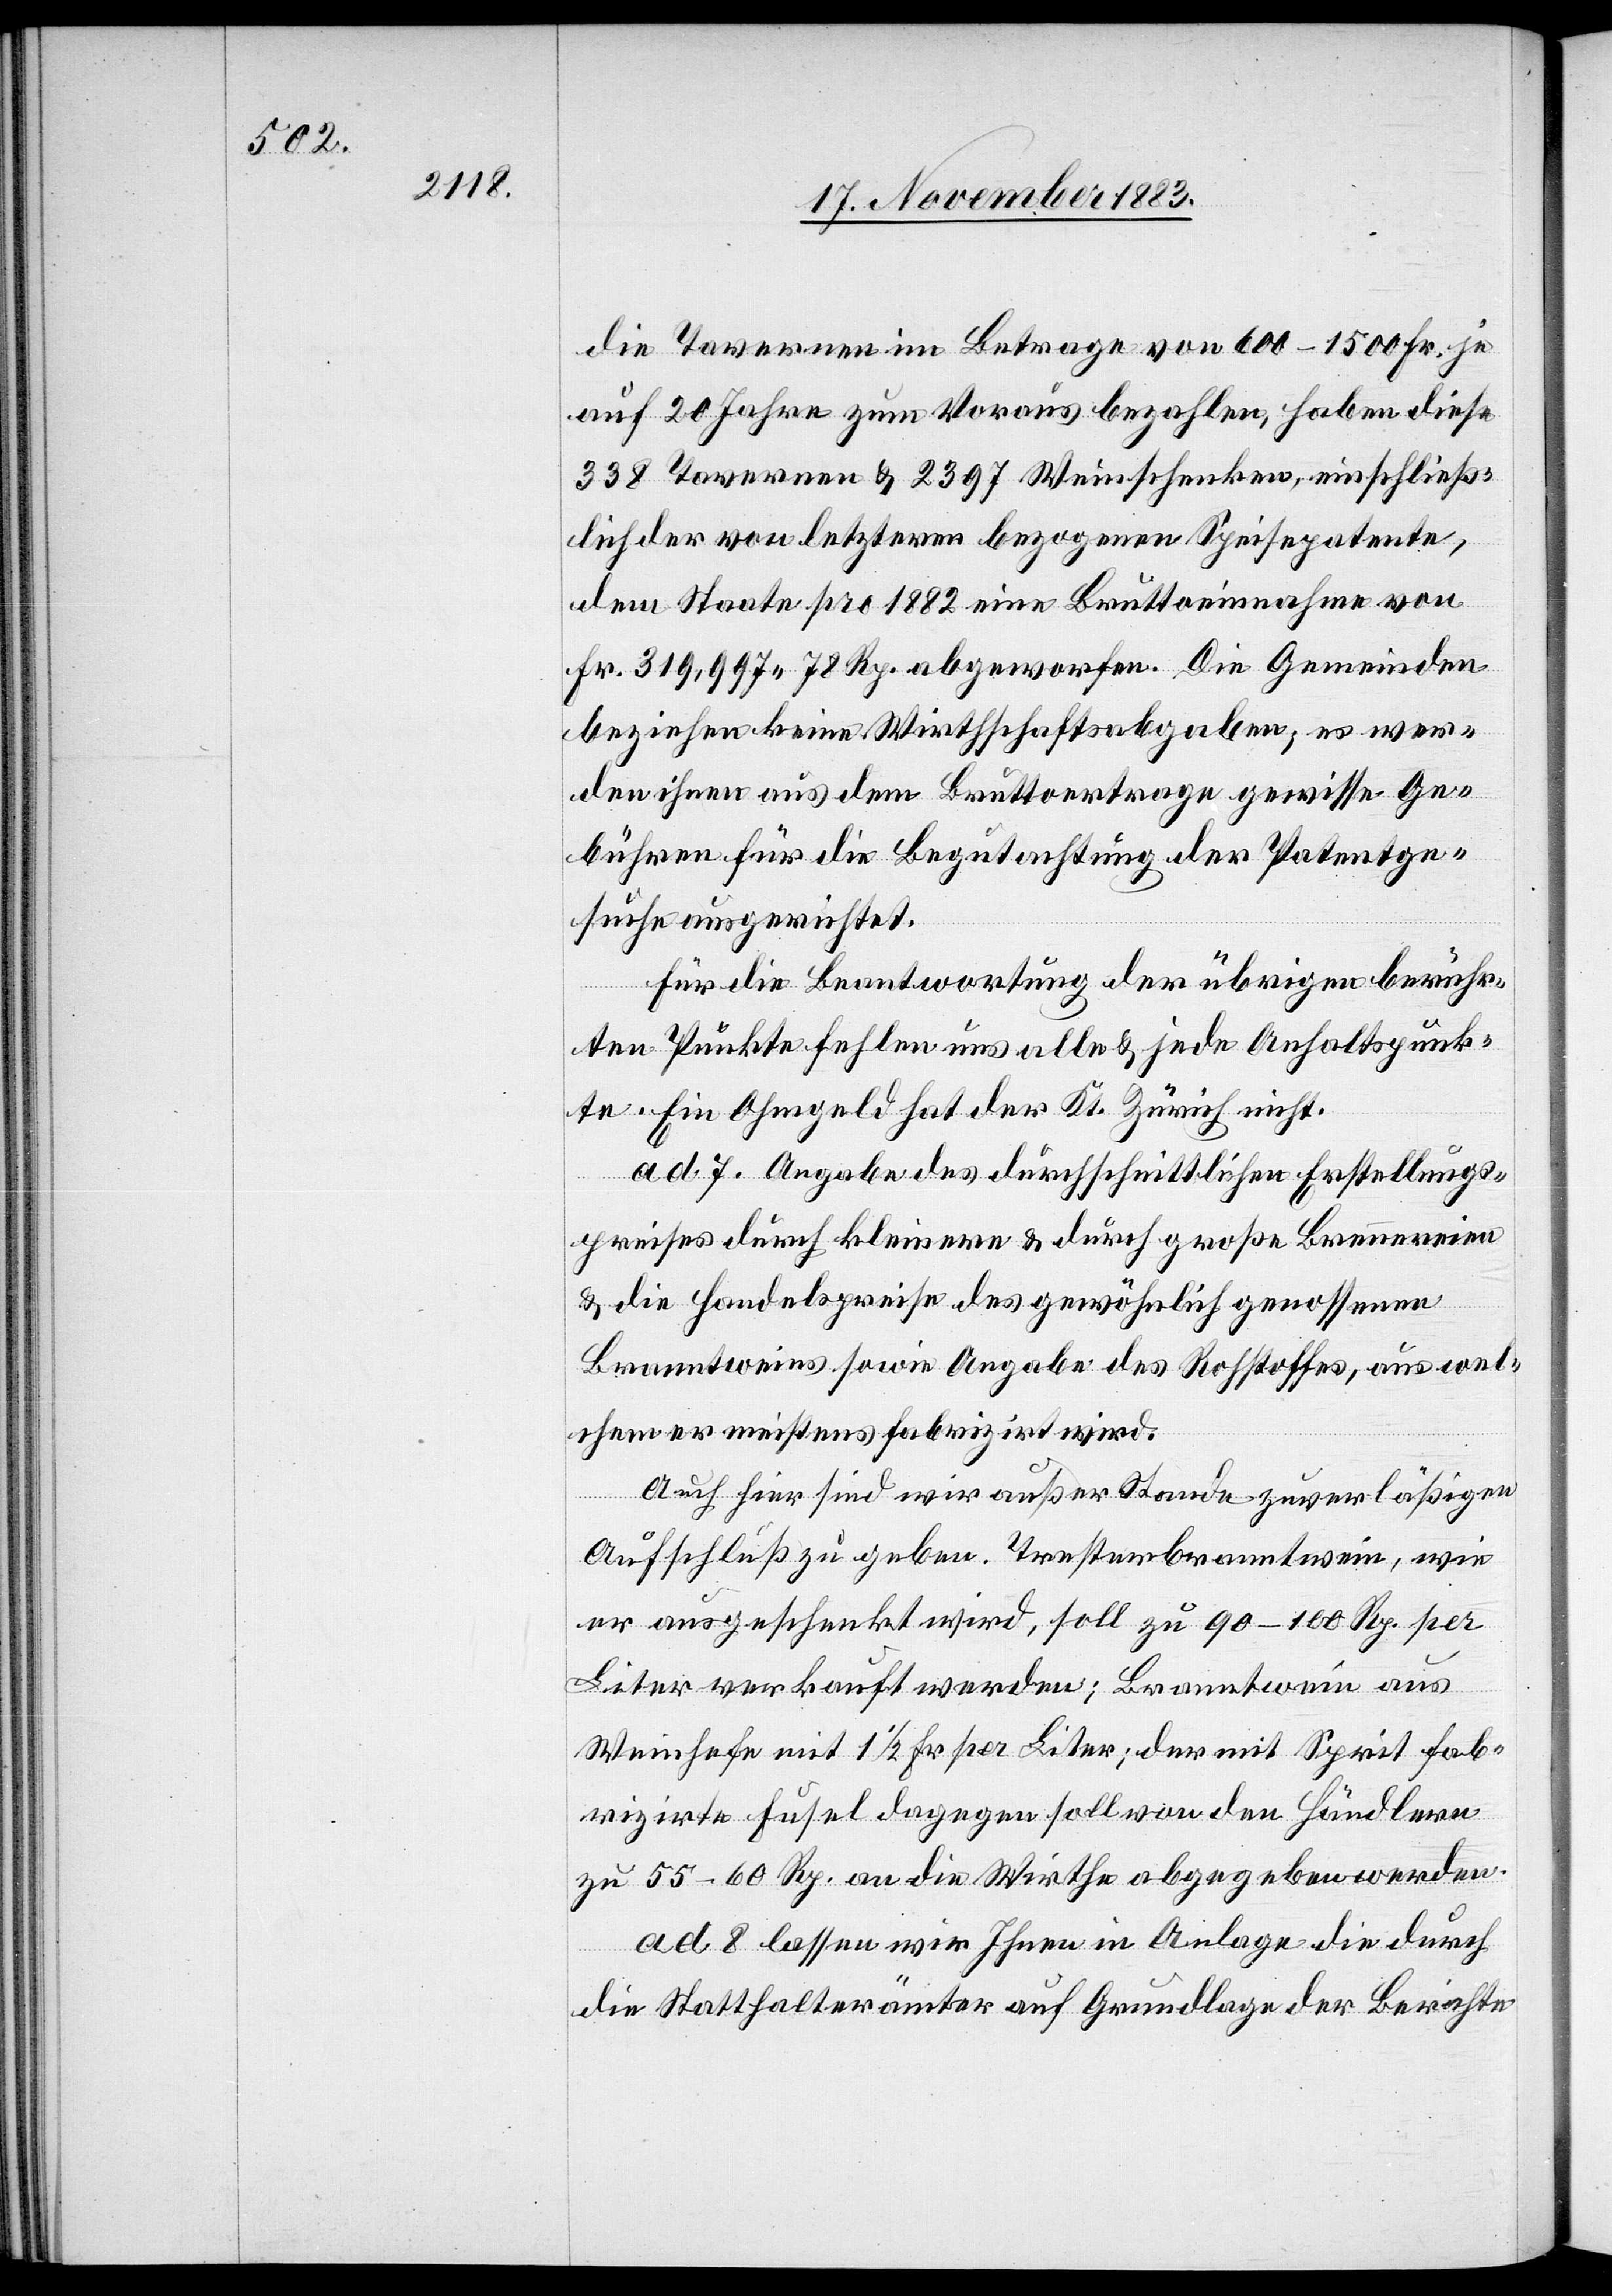
die Tavernen im Betrage von 600–1500 Fr. je
auf 20 Jahre zum Voraus bezahlen, haben diese
338 Tavernen & 2397 Weinschenken, einschließ¬
lich der von letztern bezogenen Speisepatente,
dem Staate pro 1882 eine Bruttoeinnahme von
Fr. 319 97 78 Rp. abgeworfen. Die Gemeinden
beziehen keine Wirthschaftsabgaben; es wer¬
den ihnen aus dem Bruttoertrage gewisse Ge¬
bühren für die Begutachtung der Patentge¬
suche ausgerichtet.
Für die Beantwortung der übrigen berühr¬
ten Punkte halten uns alle & jede Anhaltspunk¬
te. Ein Ohmgeld hat der Kt. Zürich nicht.
ad. 7 Angabe des durchschnittlichen Erstellungs¬
preises durch kleinere & durch große Brauereien
& die Handelspreise des gewöhnlich genossenen
Branntweins sowie Angabe des Rohstoffes, aus wel¬
chem er meistens fabrizirt wird.
Auch hier sind wir außer Stande zuverläßigen
Aufschluß zu geben. Tresterbranntwein, wie
er ausgeschenkt wird, soll zu 90–100 Rp. per
Liter verkauft werden; Branntwein aus
Weinhefe mit 1 1/2 Fr. per Liter; der mit Sprit fab¬
rizirte Fusel dagegen soll von den Händlern
zu 55–60 Rp. an die Wirthe abgegeben werden.
ad. 8. lassen wir Ihnen in Anlage die durch
die Statthalterämter auf Grundlage der Berichte